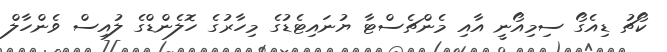
ކޯޗު ޑިއެގޯ ސިމިއޯނީ އާއި މެންޗެސްޓާ ޔުނައިޓެޑުގެ މިހާރުގެ ހޮލެންޑްގެ ލުއިސް ވެންހާލް